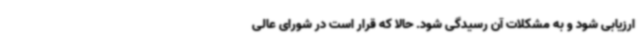
ارزیابی شود و به مشکلات آن رسیدگی شود. حالا که قرار است در شورای عالی